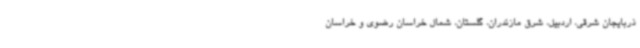
ذربایجان شرقی، اردبیل، شرق مازندران، گلستان، شمال خراسان رضوی و خراسان